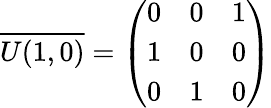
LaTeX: \overline{{{U(1,0)}}}=\left(\begin{array}{ccc}{{0}}&{{0}}&{{1}}\\ {{1}}&{{0}}&{{0}}\\ {{0}}&{{1}}&{{0}}\end{array}\right)